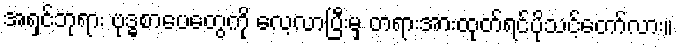
အရှင်ဘုရား ဗုဒ္ဓစာပေတွေကို လေ့လာပြီးမှ တရားအားထုတ်ရင်ပိုသင့်တော်လား။